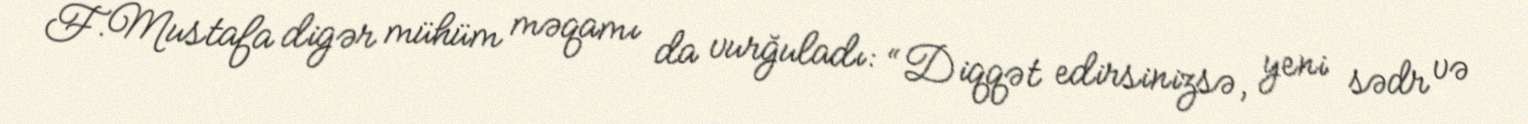
F.Mustafa digər mühüm məqamı da vurğuladı: “Diqqət edirsinizsə, yeni sədr və